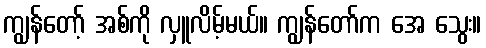
ကျွန်တော့် အစ်ကို လှူလိမ့်မယ်။ ကျွန်တော်က အေ သွေး။